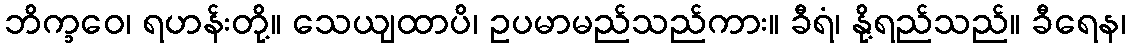
ဘိက္ခဝေ၊ ရဟန်းတို့။ သေယျထာပိ၊ ဥပမာမည်သည်ကား။ ခီရံ၊ နို့ရည်သည်။ ခီရေန၊